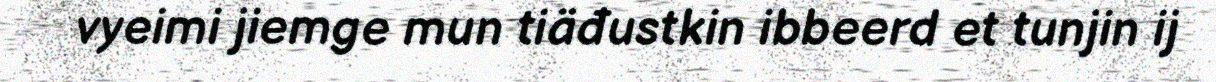
vyeimi jiemge mun tiäđustkin ibbeerd et tunjin ij